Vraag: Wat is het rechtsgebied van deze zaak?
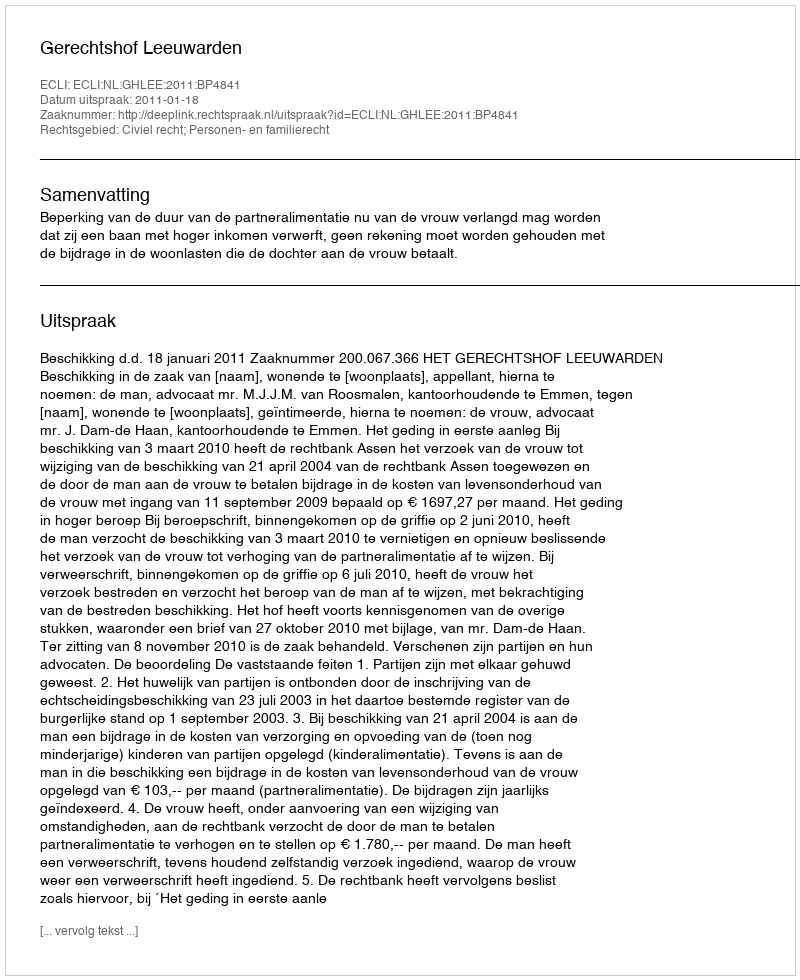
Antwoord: Civiel recht; Personen- en familierecht